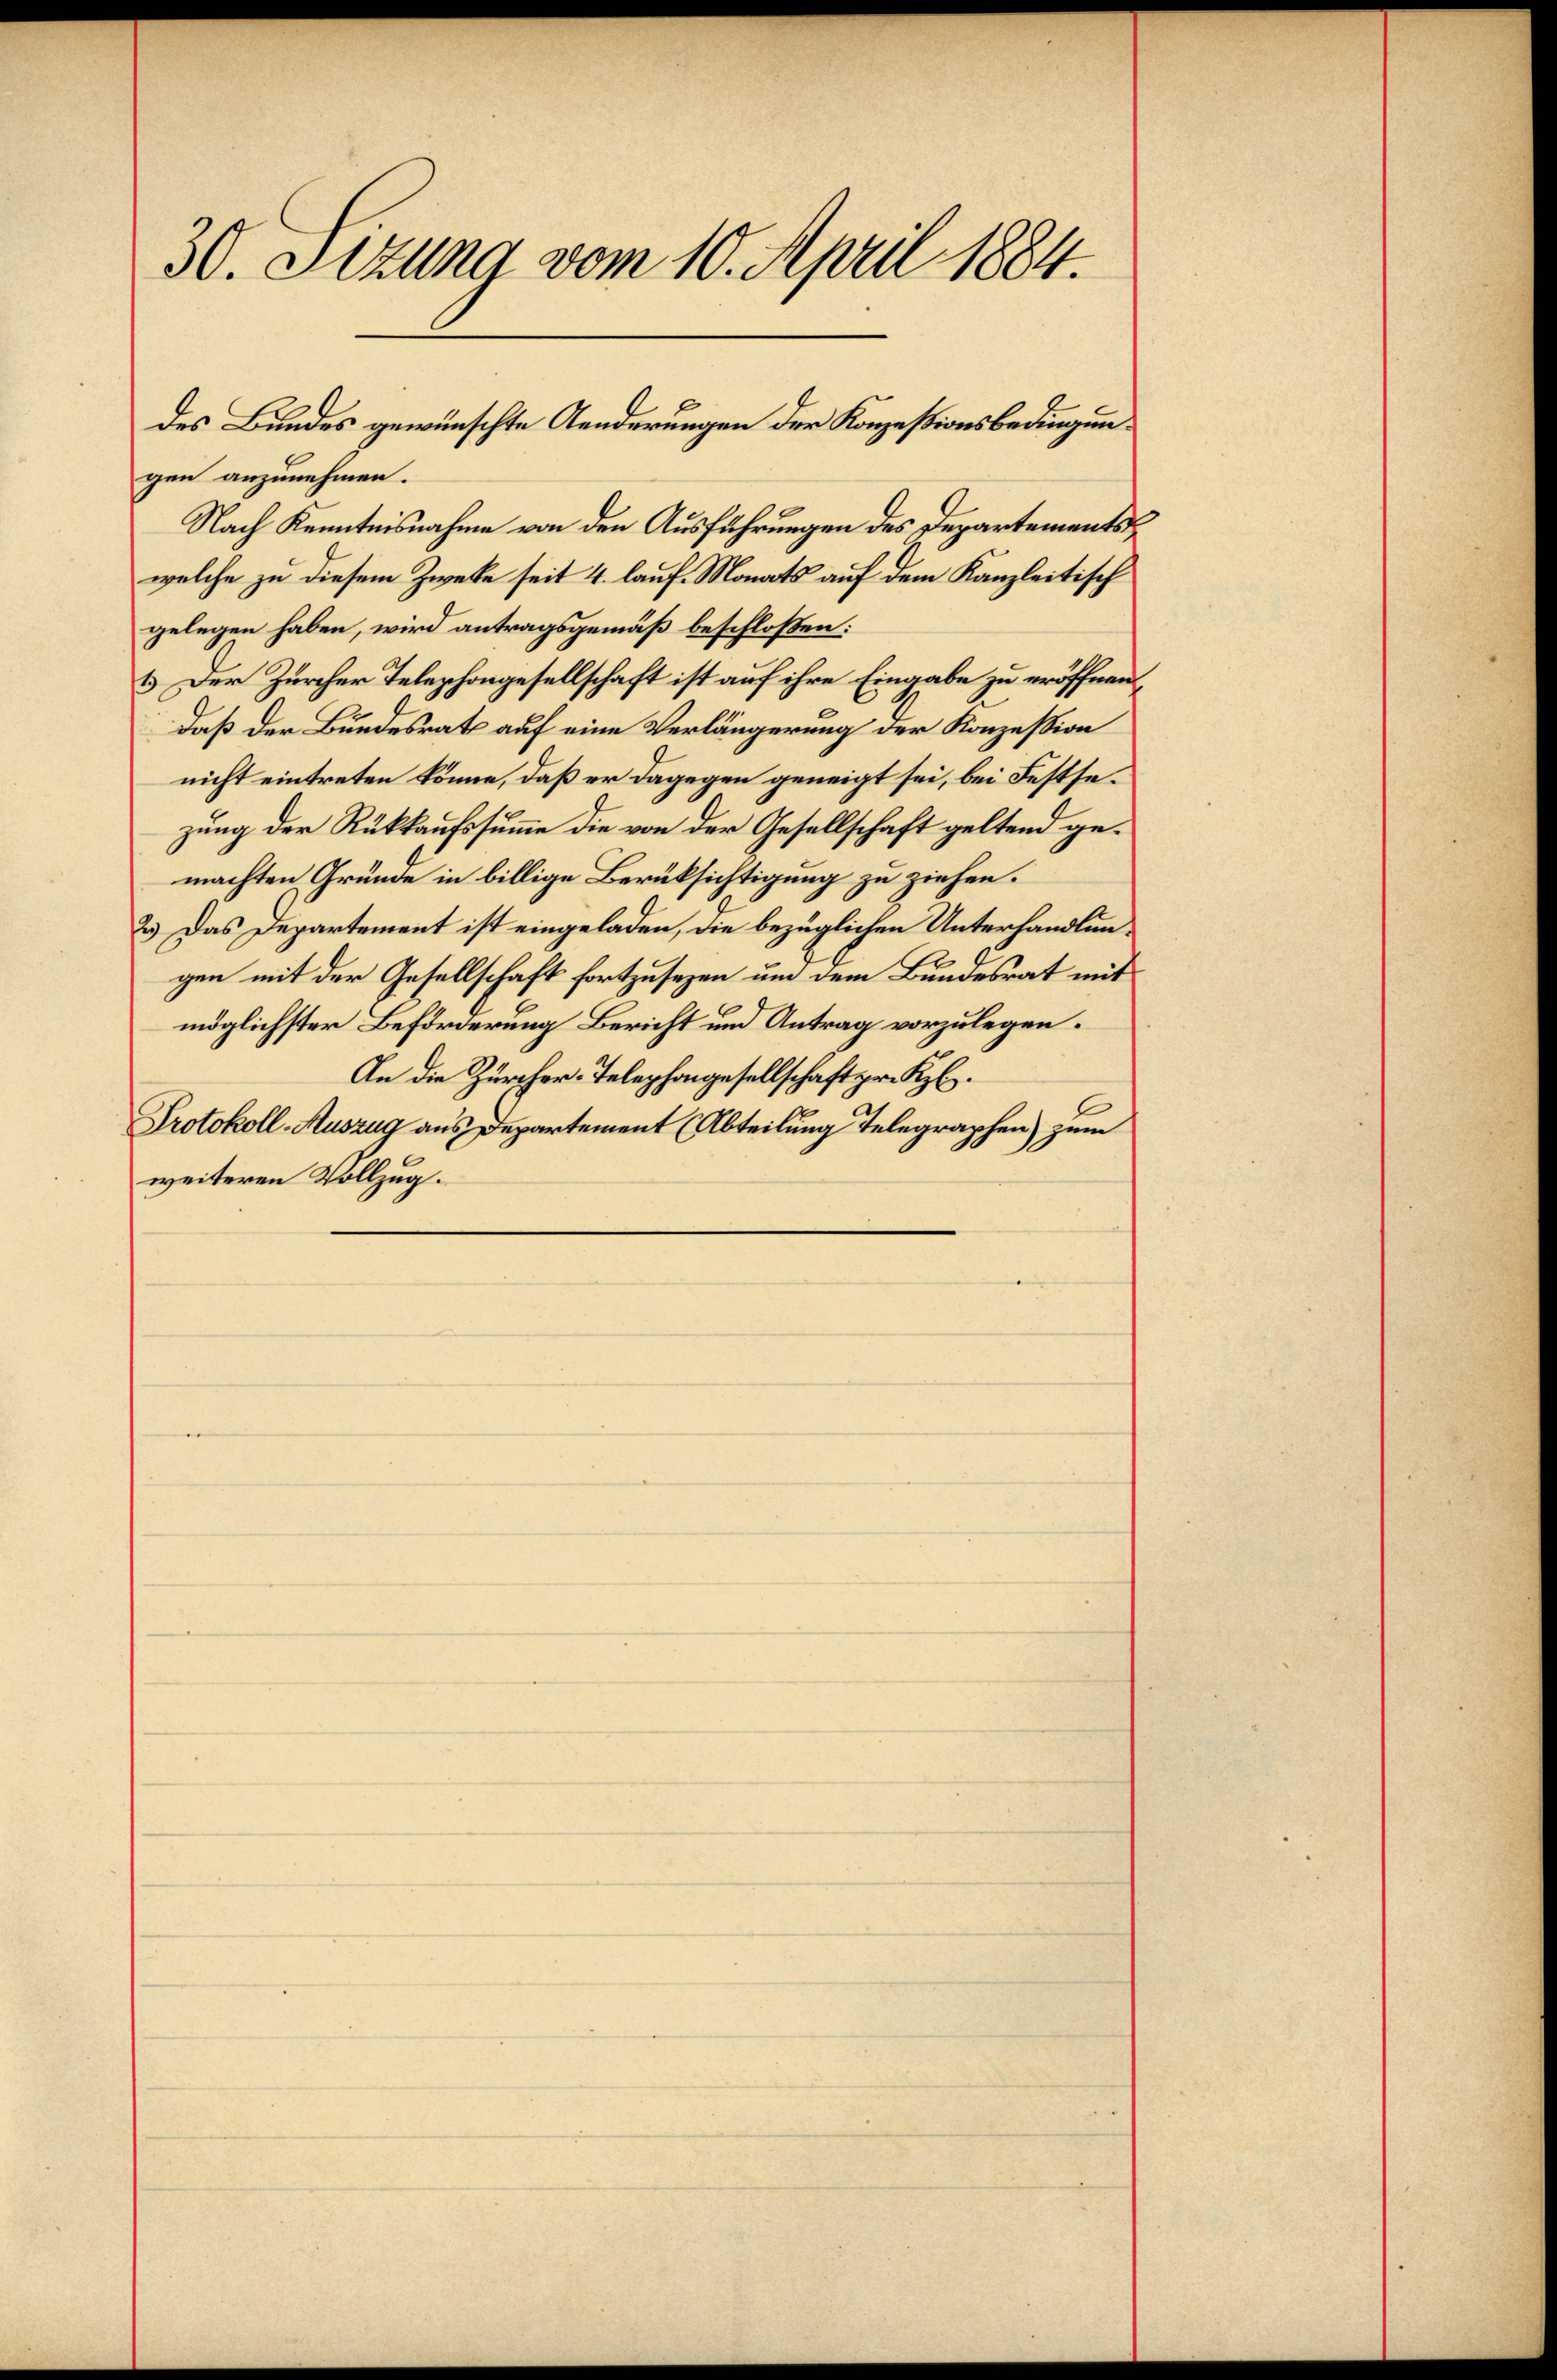
30. Sitzung vom 10. April 1884.

gen anzunehmen.
Nach Kenntnisnahme von den Ausführungen des Departementswelche zu diesem Zwecke seit 4. lauf Monats auf dem Kanzleitisch
gelegen haben, wird antragsgemäß beschloßen:
1.) Der Zürcher Telephongesellschaft ist auf ihre Eingabe zu eröffnen,
daß der Bundesrath auf eine Verlängerung der Konzession
nicht eintreten könne, daß er dagegen geneigt sei, bei Festsezung der Rückkaufssumme die von der Gesellschaft geltend gemachten Gründe in billige Berüksichtigung zu ziehen.
2.) Das Departement ist eingeladen, die bezüglichen Unterhandlungen mit der Gesellschaft fortzusezen um dem Bundesrat mit
möglichster Beförderung Bericht und Antrag vorzulegen.
An die Zürcher-Telephongesellschaft pr. K.
Protokoll-Auszug aus Departement (Abteilung Telegraphen) zum
weiteren Vollzug.

des Bundes gewünschte Aenderungen der Konzessionsbedingun¬